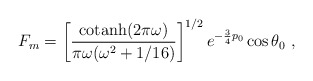
\begin{align*}F_m = \left[ {{\rm cotanh} (2\pi\omega)\over \pi\omega (\omega^2+1/16)} \right]^{1/2} e^{-{3\over 4} p_0} \cos \theta_0 \ , \end{align*}